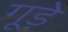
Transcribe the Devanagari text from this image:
गूड़े